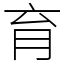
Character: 育